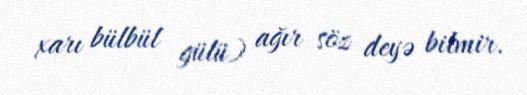
xarı bülbül gülü) ağır söz deyə bilmir.